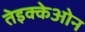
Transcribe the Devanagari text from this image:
तेइक्केओन